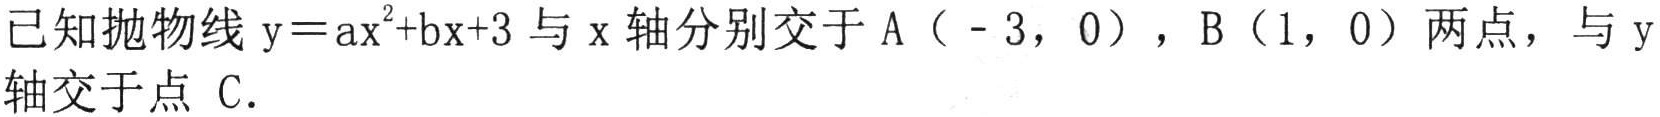
已知抛物线\(y = ax^{2}+bx + 3\)与\(x\)轴分别交于\(A(-3,0)\)，\(B(1,0)\)两点，与\(y\)轴交于点\(C\).